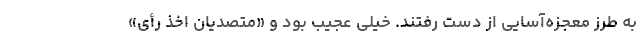
به طرز معجزه‌آسایی از دست رفتند. خیلی عجیب بود و «متصدیان اخذ رأی»